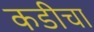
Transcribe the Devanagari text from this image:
कडीचा